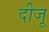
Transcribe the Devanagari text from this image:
दीजू